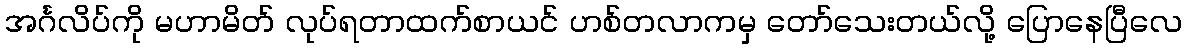
အင်္ဂလိပ်ကို မဟာမိတ် လုပ်ရတာထက်စာယင် ဟစ်တလာကမှ တော်သေးတယ်လို့ ပြောနေပြီလေ